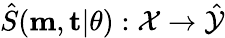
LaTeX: \hat{S}(\textbf{m},\textbf{t}|\theta):\mathcal{X}\xrightarrow{}\hat{\mathcal{Y}}